King Institute of Preventive Medicine Bacteriolog. Section reports 1907-08
Year: 1907
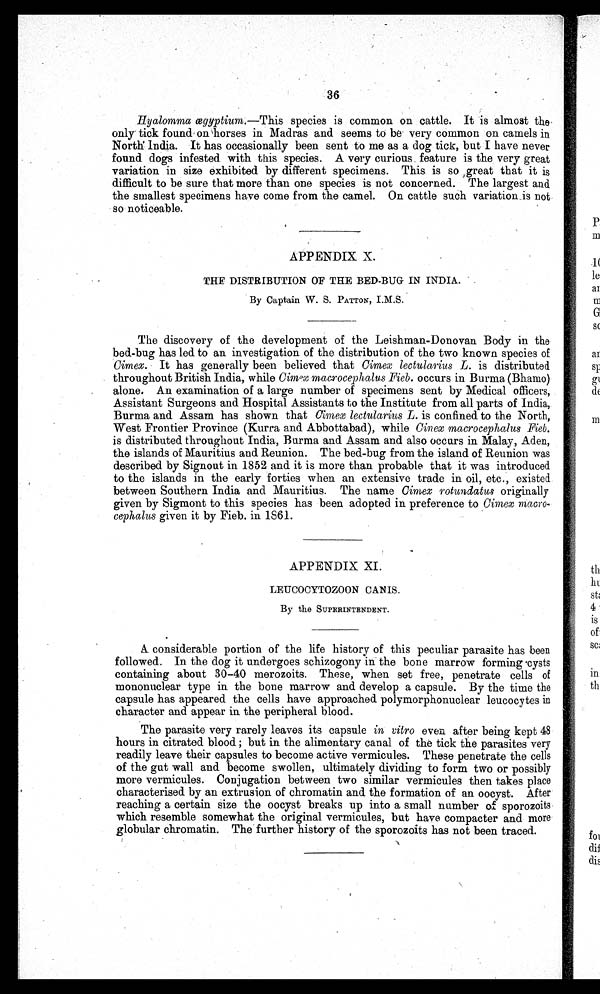
36
Hyalomma ægyptium.—This species is common on cattle. It is almost the
only tick found on horses in Madras and seems to be very common on. camels in
North India. It has occasionally been sent to me as a dog tick, but I have never
found dogs infested with this species. A very curious. feature is the very great
variation in size exhibited by different specimens. This is so great that it is
difficult to be sure that more than one species is not concerned. The largest and
the smallest specimens have come from the camel. On cattle such variation is not
so noticeable.
APPENDIX X.
THE DISTRIBUTION OF THE BED-BUG IN INDIA.
By Captain W. S. PATTON, I.M.S.
The discovery of the development of the Leishman-Donovan Body in the
bed-bug has led to an investigation of the distribution of the two known species of
Cimex. It has generally been believed that Cimex lectularius L. is distributed
throughout British India, while Cimex macrocephalus Fieb. occurs in Burma (Bhamo)
alone. An examination of a large number of specimens sent by Medical officers,
Assistant Surgeons and Hospital Assistants to the Institute from all parts of India,
Burma and Assam has shown that Cimex lectularius L. is confined to the North,
West Frontier Province (Kurra and Abbottabad), while Cinex macrocephalus Fieb.
is distributed throughout India, Burma and Assam and also occurs in Malay, Aden,
the islands of Mauritius and Reunion. The bed-bug from the island of Reunion was
described by Signout in 1852 and it is more than probable that it was introduced
to the islands in the early forties when an extensive trade in oil, etc., existed
between Southern India and Mauritius. The name Cimex rotundatus originally
given by Sigmont to this species has been adopted in preference to Cimex
macro-cephalus given it by Fieb. in 1861.
APPENDIX XI.
LEUCOCYTOZOON CANIS.
By the SUPERINTENDENT.
A considerable portion of the life history of this peculiar parasite has been
followed. In the dog it undergoes schizogony in the bone marrow forming cysts
containing about 30-40 merozoits. These, when set free, penetrate cells of
mononuclear type in the bone marrow and develop a capsule. By the time the
capsule has appeared the cells have approached polymorphonuclear leucocytes in
character and appear in the peripheral blood.
The parasite very rarely leaves its capsule in vitro even. after being kept 48
hours in citrated blood; but in the alimentary canal of the tick the parasites very
readily leave their capsules to become active vermicules. These penetrate the cells
of the gut wall and become swollen, ultimately dividing to form two or possibly
more vermicules. Conjugation between two similar vermicules then takes place
characterised by an extrusion of chromatin and the formation of an oocyst. After
reaching a certain size the oocyst breaks up into a small number sporozoits
which resemble somewhat the original vermicules, but have compacter and more
globular chromatin. The further history of the sporozoits has not been traced.